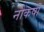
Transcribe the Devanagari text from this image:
नौकर्षी